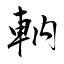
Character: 軜